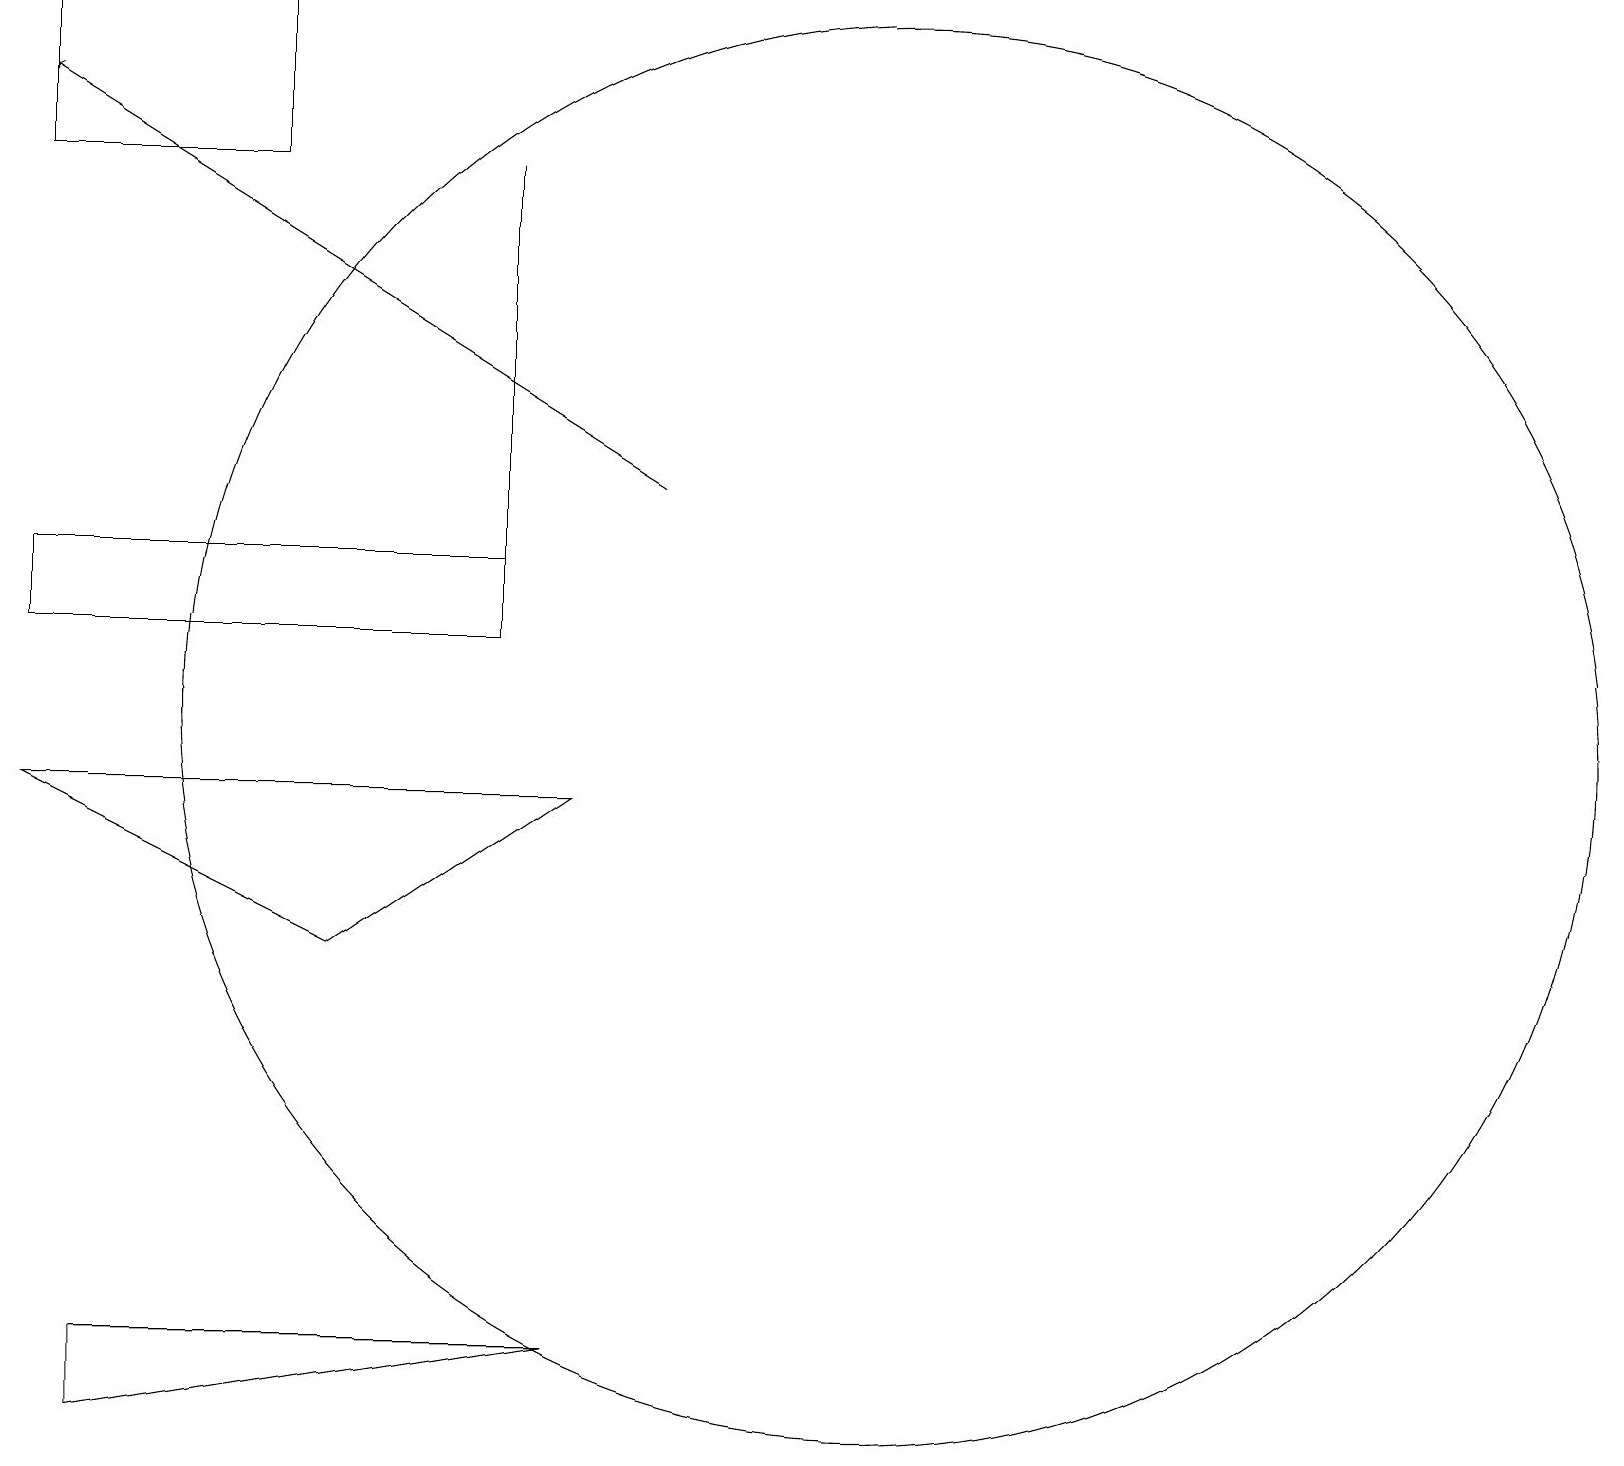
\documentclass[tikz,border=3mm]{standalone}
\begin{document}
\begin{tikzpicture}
\draw (1,11) rectangle (7,12);
\draw (5,7) -- (1,9) -- (8,9) -- cycle;
\draw (12,10) circle (9);
\draw[->] (9,13) -- (1,18);
\draw (7,17) rectangle (7,11);
\draw (4,17) rectangle (1,19);
\draw (2,1) -- (8,2) -- (2,2) -- cycle;
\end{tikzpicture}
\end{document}